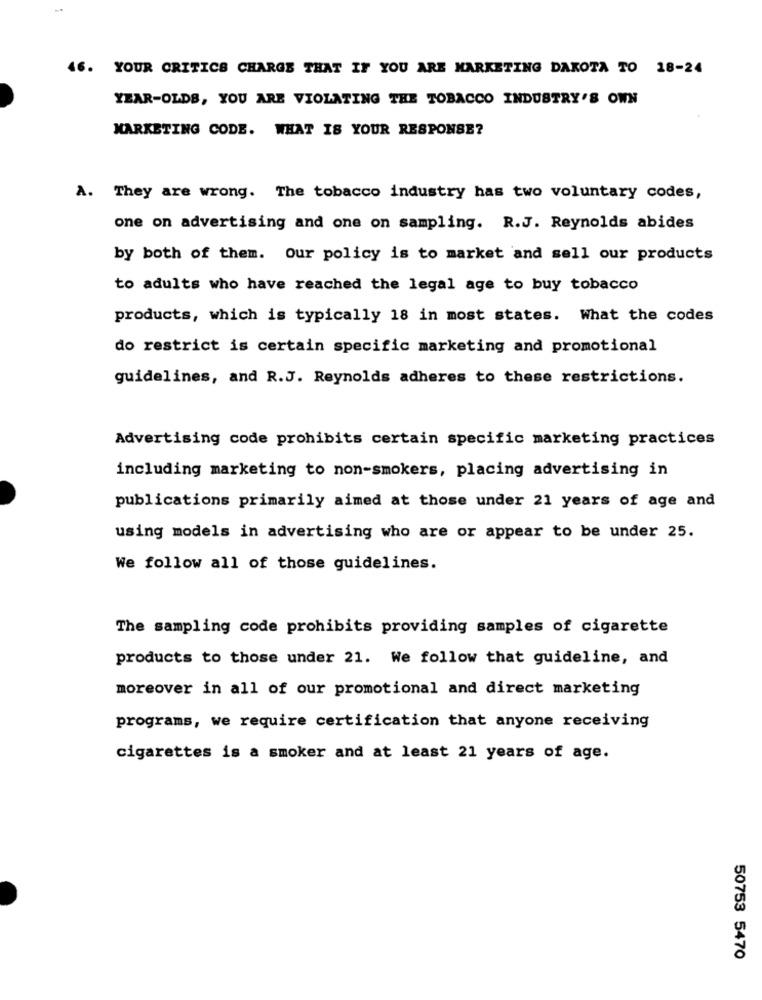
6.
YOUR CRITICS CHARGE THAT IF YOU ARE MARKETING DAKOTA TO 18-24
YEAR-OLDS, YOU ARE VIOLATING THE TOBACCO INDUSTRY'S OWN
MARKETING CODE. WHAT IS YOUR RESPONSE?
A. They are wrong. The tobacco industry has two voluntary codes,
one on advertising and one on sampling. R.J. Reynolds abides
by both of them. our policy is to market and sell our products
to adults who have reached the legal age to buy tobacco
products, which is typically 18 in most states. What the codes
do restrict is certain specific marketing and promotional
guidelines, and R.J. Reynolds adheres to these restrictions.
Advertising code prohibits certain specific marketing practices
including marketing to non-smokers, placing advertising in
publications primarily aimed at those under 21 years of age and
using models in advertising who are or appear to be under 25.
We follow all of those guidelines.
The sampling code prohibits providing samples of cigarette
products to those under 21. We follow that guideline, and
moreover in all of our promotional and direct marketing
programs, we require certification that anyone receiving
cigarettes is a smoker and at least 21 years of age.
50753 5470